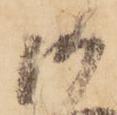
御